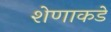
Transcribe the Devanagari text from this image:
शेणाकडे